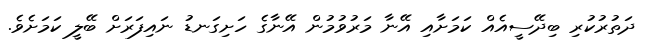
ދަތުރުކުރި ބިދޭސީއެއް ކަމަށާއި އޭނާ މަރުވުމުން އޭނާގެ ހަށިގަނޑު ނައިފަރަށް ބޭލީ ކަމަށެވެ.